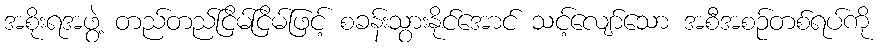
အစိုးရအဖွဲ့ တည်တည်ငြိမ်ငြိမ်ဖြင့် စခန်းသွားနိုင်အောင် သင့်လျော်သော အစီအစဉ်တစ်ရပ်ကို